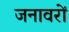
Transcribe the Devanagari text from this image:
जनावरों